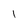
Character: 1